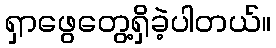
ရှာဖွေတွေ့ရှိခဲ့ပါတယ်။